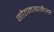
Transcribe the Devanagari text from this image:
गौतमाबाईंच्या